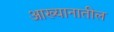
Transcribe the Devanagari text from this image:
आख्यानातील